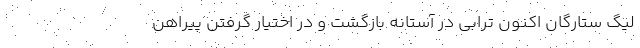
لیگ ستارگان اکنون ترابی در آستانه بازگشت و در اختیار گرفتن پیراهن